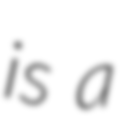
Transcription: is a